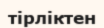
тірліктен